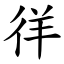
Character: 徉